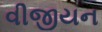
વીજીયન